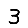
Digit: 3